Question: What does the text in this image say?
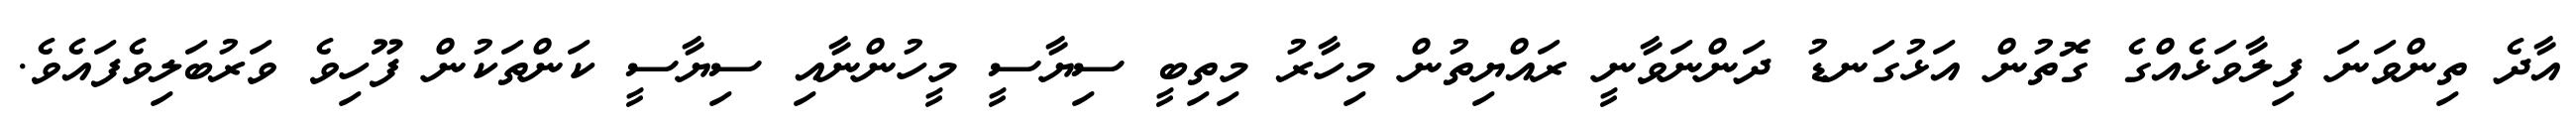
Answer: އާދެ ތިންވަނަ ފިލާވަޅެއްގެ ގޮތުން އަޅުގަނޑު ދަންނަވާނީ ރައްޔިތުން މިހާރު މިތިބީ ސިޔާސީ މީހުންނާއި ސިޔާސީ ކަންތަކުން ފޫހިވެ ވަރުބަލިވެފައެވެ.